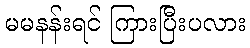
မမနန်းရင် ကြားပြီးပလား